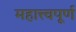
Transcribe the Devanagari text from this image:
महात्त्वपूर्ण